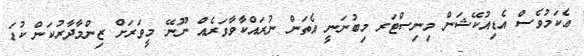
ޢެކަމުވެސް އެޑިއުކޭޝަން މިނިސްޓަރ މިބުނަނީ އެތަން ނުރައްކާވާވަރެއް ނޫނޭ. މީވަރަށް ޒިންމާދާރުކަން ކުޑަ